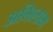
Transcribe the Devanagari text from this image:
अभिलाभ